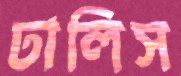
ঢালিস